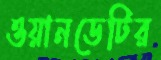
ওয়ানডেটির